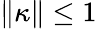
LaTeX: \| \kappa\| \leq 1